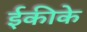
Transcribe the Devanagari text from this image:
ईकीके